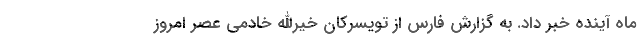
ماه آینده خبر داد. به گزارش فارس از تویسرکان خیرالله خادمی عصر امروز